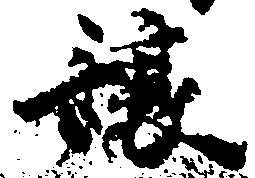
譲